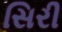
સિરી